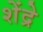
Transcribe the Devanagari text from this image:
शेंद्रे